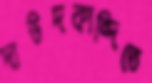
দাউদকান্দিতে